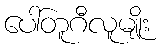
ပေါ်တူဂီလူမျိုး